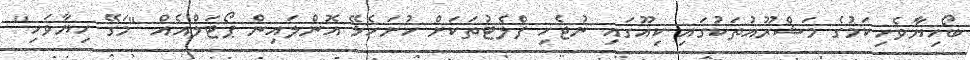
ބޯހިޔާވެހިކަމުގެ މަޝްރޫއުތަކުގައި ކިއޫގައި ނުޖެހި ފްލެޓުތަކަށް ހުށަހެޅޭ އޮންލައިން ޕޯޓަލްއެއް ''މަގޭ ހިޔާވަހި''